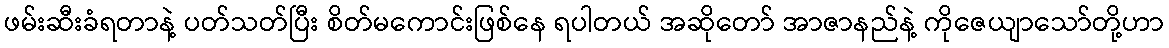
ဖမ်းဆီးခံရတာနဲ့ ပတ်သတ်ပြီး စိတ်မကောင်းဖြစ်နေ ရပါတယ် အဆိုတော် အာဇာနည်နဲ့ ကိုဇေယျာသော်တို့ဟာ